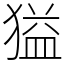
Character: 獈